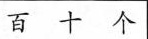
百 十 个